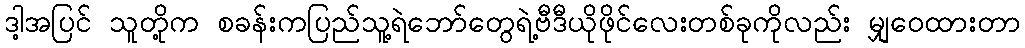
ဒါ့အပြင် သူတို့က စခန်းကပြည်သူ့ရဲဘော်တွေရဲ့ဗီဒီယိုဖိုင်လေးတစ်ခုကိုလည်း မျှဝေထားတာ